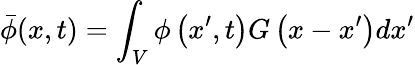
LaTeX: \bar{\phi}(x,t)=\int_{V}\phi\left(x^{\prime},t\right)G\left(x-x^{\prime}\right)dx^{\prime}